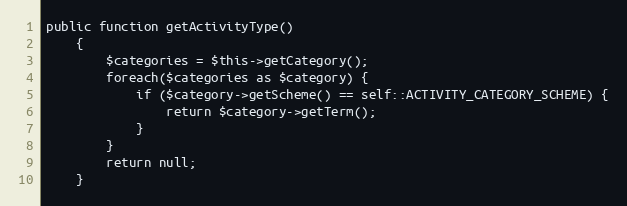
Language: PHP
public function getActivityType()
    {
        $categories = $this->getCategory();
        foreach($categories as $category) {
            if ($category->getScheme() == self::ACTIVITY_CATEGORY_SCHEME) {
                return $category->getTerm();
            }
        }
        return null;
    }